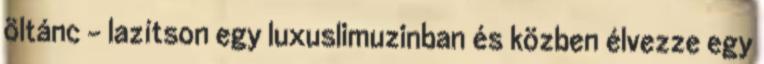
öltánc – lazítson egy luxuslimuzinban és közben élvezze egy